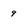
Character: 9